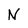
Character: N